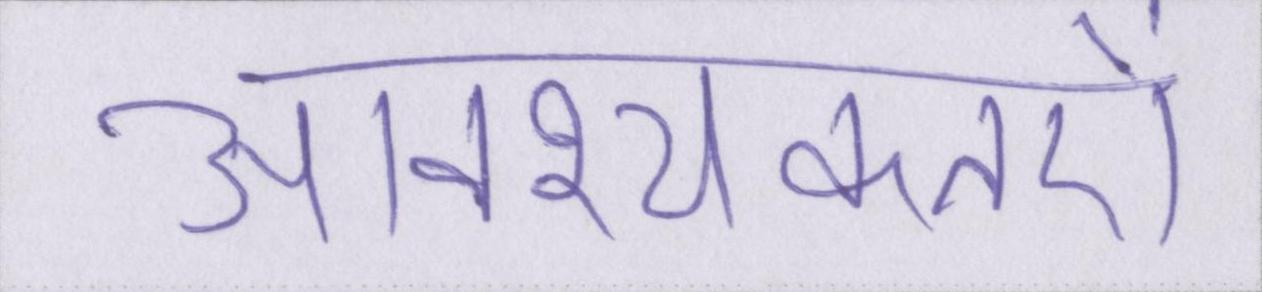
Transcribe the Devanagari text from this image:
आवश्यकतऐं